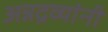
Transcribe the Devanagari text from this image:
अन्नद्रव्यांनी